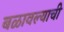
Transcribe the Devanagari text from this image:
बळावल्याची